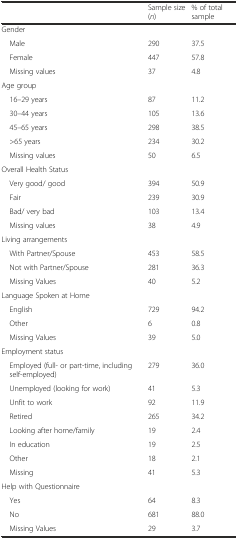
<table><thead><tr><td></td><td><b>Sample size (<i>n</i>)</b></td><td><b>% of total sample</b></td></tr></thead><tbody><tr><td colspan="3">Gender</td></tr><tr><td> Male</td><td>290</td><td>37.5</td></tr><tr><td> Female</td><td>447</td><td>57.8</td></tr><tr><td> Missing values</td><td>37</td><td>4.8</td></tr><tr><td colspan="3">Age group</td></tr><tr><td> 16–29 years</td><td>87</td><td>11.2</td></tr><tr><td> 30–44 years</td><td>105</td><td>13.6</td></tr><tr><td> 45–65 years</td><td>298</td><td>38.5</td></tr><tr><td> &gt;65 years</td><td>234</td><td>30.2</td></tr><tr><td> Missing values</td><td>50</td><td>6.5</td></tr><tr><td colspan="3">Overall Health Status</td></tr><tr><td> Very good/ good</td><td>394</td><td>50.9</td></tr><tr><td> Fair</td><td>239</td><td>30.9</td></tr><tr><td> Bad/ very bad</td><td>103</td><td>13.4</td></tr><tr><td> Missing values</td><td>38</td><td>4.9</td></tr><tr><td colspan="3">Living arrangements</td></tr><tr><td> With Partner/Spouse</td><td>453</td><td>58.5</td></tr><tr><td> Not with Partner/Spouse</td><td>281</td><td>36.3</td></tr><tr><td> Missing Values</td><td>40</td><td>5.2</td></tr><tr><td colspan="3">Language Spoken at Home</td></tr><tr><td> English</td><td>729</td><td>94.2</td></tr><tr><td> Other</td><td>6</td><td>0.8</td></tr><tr><td> Missing Values</td><td>39</td><td>5.0</td></tr><tr><td colspan="3">Employment status</td></tr><tr><td> Employed (full- or part-time, including self-employed)</td><td>279</td><td>36.0</td></tr><tr><td> Unemployed (looking for work)</td><td>41</td><td>5.3</td></tr><tr><td> Unfit to work</td><td>92</td><td>11.9</td></tr><tr><td> Retired</td><td>265</td><td>34.2</td></tr><tr><td> Looking after home/family</td><td>19</td><td>2.4</td></tr><tr><td> In education</td><td>19</td><td>2.5</td></tr><tr><td> Other</td><td>18</td><td>2.1</td></tr><tr><td> Missing</td><td>41</td><td>5.3</td></tr><tr><td colspan="3">Help with Questionnaire</td></tr><tr><td> Yes</td><td>64</td><td>8.3</td></tr><tr><td> No</td><td>681</td><td>88.0</td></tr><tr><td> Missing Values</td><td>29</td><td>3.7</td></tr></tbody></table>